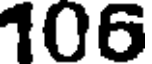
106